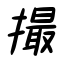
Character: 撮